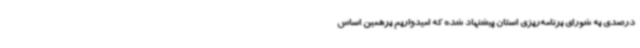
درصدی به شورای برنامه‌ریزی استان پیشنهاد شده که امیدواریم برهمین اساس